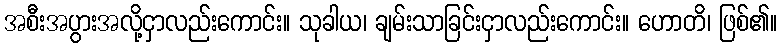
အစီးအပွားအလို့ငှာလည်းကောင်း။ သုခါယ၊ ချမ်းသာခြင်းငှာလည်းကောင်း။ ဟောတိ၊ ဖြစ်၏။